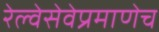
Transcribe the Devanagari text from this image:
रेल्वेसेवेप्रमाणेच